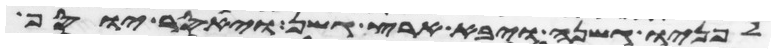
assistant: לפניו גשנה ויבא ארץ גשן ויאסר יוסף